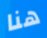
هنا